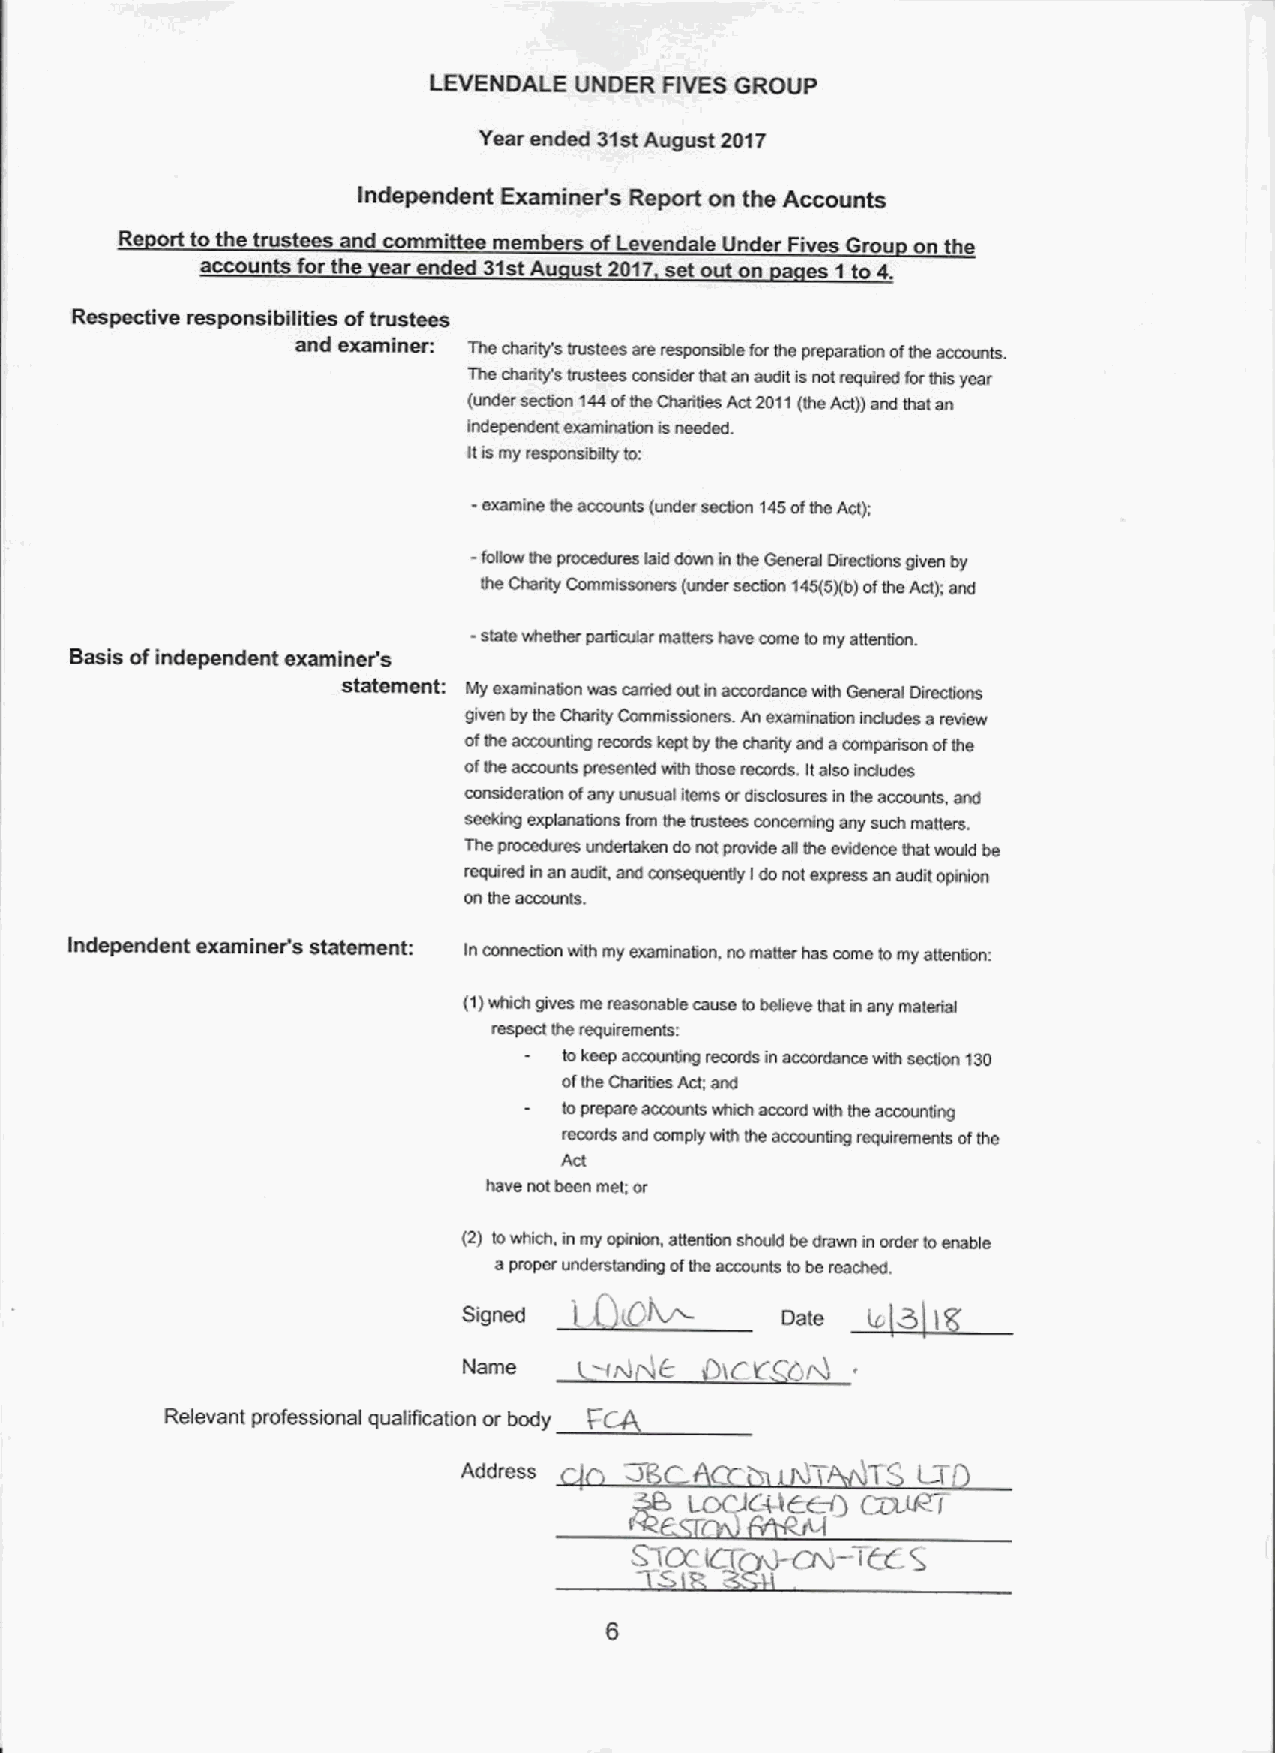
LEVENDALE UNDER FIVES GROUP
 Year ended 31stAugust 2017
 Independent Examiner's Report on the Accounts
 Re rt toth    and committee mern ofLevendale Under F G u on the
 accounts for th ear ended 31stAu ust 2017 out on es 1to4.
 Respective responslbilit)es oftrustees
 and examlnerl The charity's trustees are responskde farsm preparation rdttm accomrts.
 The charily's trustees mnsider that an audit isnot mqulred forSisyear
 (under sec6on 144ofsm charises Act2011(IheAct))and thai an
 independent examination isneeded.
 Itismy responsibilty to:
 -
 examine Iheacrxxmts (under secdon 145oflhe Act);
 -
 follow Ihe procedures laid dawn inlhe General Direcdons given by
 Ihe Clarity Commlssaners (tmder secson 145(5)(b)ofthe Act):and
 slate whether perikxdar maams have come tomy aNenSon
 Basis ofindependent examiner's
 statenletlt: My examinason was carried out inaccordance wllh General Dincdans
 given bythe Charity Cammissionws. An examinason indudes areview
 ofSmacmundng records kept by Stechsrity and acomparison ofIhe
 ofIheaccounts pnmented with Nese records. Italso indudes
 consideradan ofany mmsual llama ordisdosures in Ihe accmsXS and
 seekktg explane5ons from the bustses concerning any such matters.
 Thepmcedunm undertaken donot pnmde as Ihe evidence Smtwould be
 nlqdrsd inan audit and cansequerlsy Ido tlat express mt audit opiniort
 on the accounts.
 Independent examiner's statement: In connec6on with my examinarion, nomaxer has come lomy aaenrion:
 (1)which gives mereasonable cause lobelieve that many material
 respect Ihe requirements:
 tokeep accounsng records in accordance wiat secdan 130
 ofthe Charities Act;and
 toprepare accounts which accord whh the accoundng
 remrds and mmply with the accounang requirements ofthe
 Act
 have not been met; or
 (2) towhich, in my opinion, attenbon shoukl bedrawn in arder toenable
 aproper undmslanding afthe accounts tobe reached.
 su&       IQKJ       0«
 l
 Name    -If«) 6  C
 t K
 Relevant professional qualNcation or body
 ~f
 Tc
 Address                       LX
 C+IE~